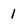
Character: 1